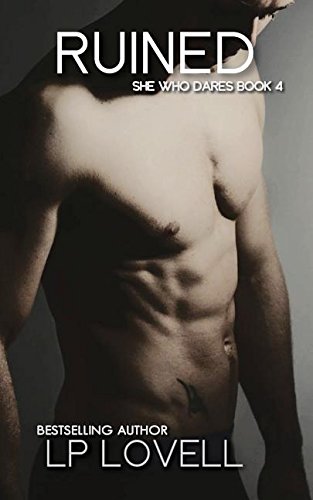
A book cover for Ruined: She Who Dares book four; LP Lovell; Romance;